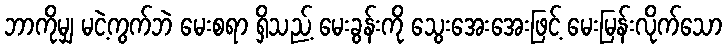
ဘာကိုမျှ မငဲ့ကွက်ဘဲ မေးစရာ ရှိသည့် မေးခွန်းကို သွေးအေးအေးဖြင့် မေးမြန်းလိုက်သော